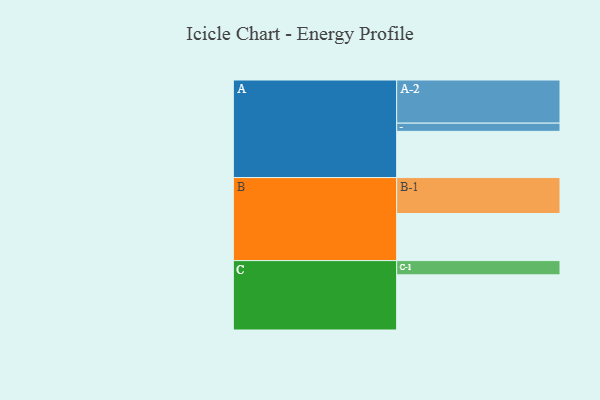
{"axis": {"x": "Segment", "y": "Value"}, "legend": ["", "A", "B", "C"], "data": [{"x": "A", "y": 315, "type": ""}, {"x": "B", "y": 321, "type": ""}, {"x": "C", "y": 376, "type": ""}, {"x": "A-1", "y": 56, "type": "A"}, {"x": "A-2", "y": 294, "type": "A"}, {"x": "B-1", "y": 245, "type": "B"}, {"x": "C-1", "y": 97, "type": "C"}]}